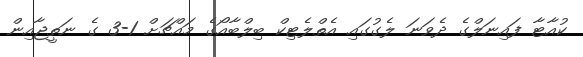
ކުއާޓާ ފައިނަލްގެ ދެވަނަ ލެގުގައި އެތްލެޓިކް ބިލްބާއޯގެ މައްޗަށް 1-3 ގެ ނަތީޖާއިން